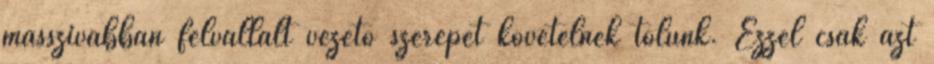
masszívabban felvállalt vezető szerepet követelnek tőlünk. Ezzel csak azt